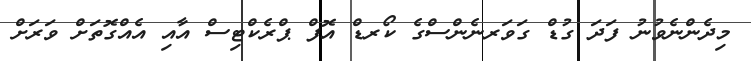
މިދެންނެވުނު ފަދަ ގުޑް ގަވަރނެންސްގެ ކޯރޑް އޮފް ޕްރެކްޓިސް އާއި އެއްގޮތަަށް ވަރަށް